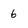
Character: 6